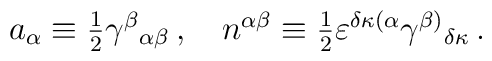
a_\alpha\equiv\textstyle{1\over2}\gamma^\beta{}_{\alpha\beta} \,,\hspace{4mm} n^{\alpha\beta}\equiv\textstyle{1\over2}\varepsilon^{\delta\kappa(\alpha}\gamma^{\beta)}{}_{\delta\kappa}\,.